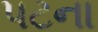
પટના